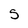
Character: S